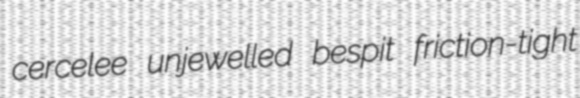
cercelee unjewelled bespit friction-tight